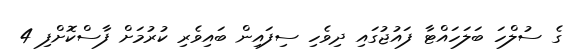
ގެ ސުލްހަ ބަލަހައްޓާ ފައުޖުގައި ދިވެހި ސިފައިން ބައިވެރި ކުރުމަށް ފާސްކޮށްފި 4